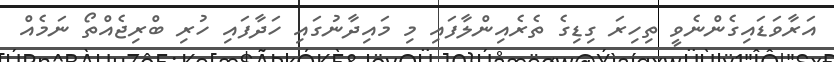
އަރާވަޑައިގެންނެވީ ތިހިރަ ގިޑިގެ ތެރެއިންލާފައި މި މައިދާނުގައި ހަދާފައި ހުރި ބްރިޖެއްތޯ ނަމެއް